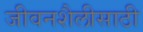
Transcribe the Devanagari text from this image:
जीवनशैलीसाठी